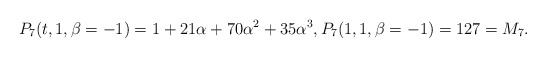
\begin{gather*}P_7(t,1,\beta=-1) = 1+21 \alpha+ 70 \alpha^2 + 35 \alpha^3, P_7(1,1,\beta=-1)=127=M_7.\end{gather*}